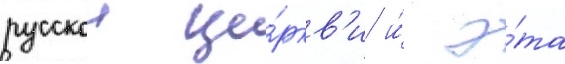
русскои це́ркв'и и́ э́та